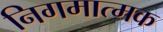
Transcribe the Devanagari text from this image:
निगमात्मक